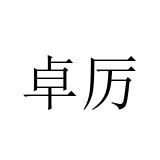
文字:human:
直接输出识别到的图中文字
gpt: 卓厉